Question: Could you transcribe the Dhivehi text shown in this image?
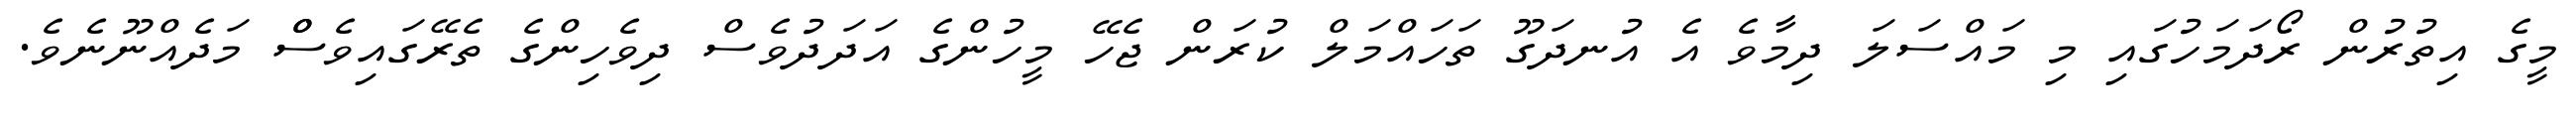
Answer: މީގެ އިތުރުން ރޯދަމަހުގައި މި މައްސަލަ ދިމާވެ އެ އުނދަގޫ ތަހައްމަލް ކުރަން ޖެހޭ މީހުންގެ އަދަދުވެސް ދިވެހިންގެ ތެރޭގައިވެސްް މަދެއްނޫނެވެ.